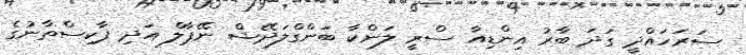
ސަރަހައްދީ ގަދަ ބާރު އިންޑިއާ ސްރީ ލަންކާ ބަންގްލަދޭޝް ނޭޕާލް އަދި ޕާކިސްތާނުގެ